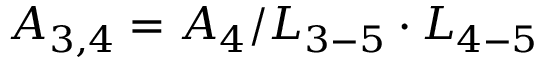
{ A _ { 3 , 4 } } = { A _ { 4 } } / { L _ { 3 - 5 } } \cdot { L _ { 4 - 5 } }